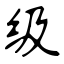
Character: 级